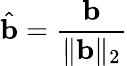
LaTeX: \hat{\mathbf{b}}=\frac{\mathbf{b}}{\| \mathbf{b}\| _{2}}